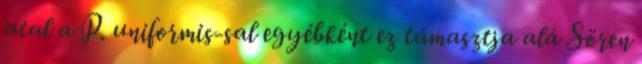
utal a P. uniformis-sal egyébként ez támasztja alá Sören